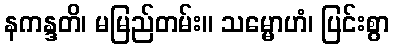
နကန္ဒတိ၊ မမြည်တမ်း။ သမ္မောဟံ၊ ပြင်းစွာ